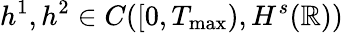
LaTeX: h^{1},h^{2}\in C([0,T_{\operatorname*{max}}),H^{s}(\mathbb R))